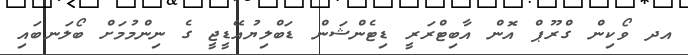
އދ ވޯކިން ގްރޫޕް އޮން އާބިޓްރަރީ ޑިޓެންޝަން ޑަބްލިޔުއޭޑީޖީ ގެ ނިންމުމަށް ބޯލަނބައި